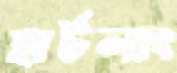
হার্টলাং